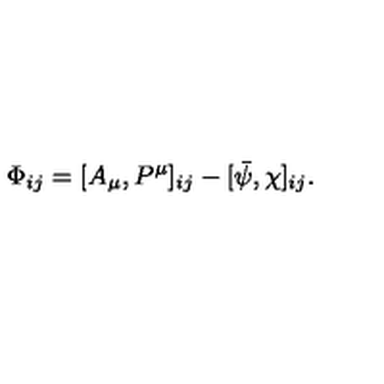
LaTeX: \Phi _ { i j } = [ A _ { \mu } , P ^ { \mu } ] _ { i j } - [ \bar { \psi } , \chi ] _ { i j } .